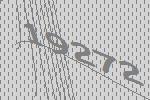
19272